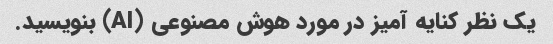
یک نظر کنایه آمیز در مورد هوش مصنوعی (AI) بنویسید.